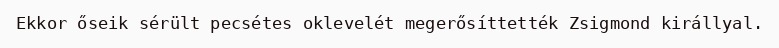
Ekkor őseik sérült pecsétes oklevelét megerősíttették Zsigmond királlyal.